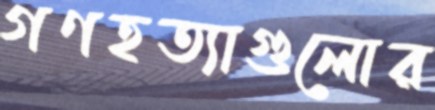
গণহত্যাগুলোর